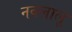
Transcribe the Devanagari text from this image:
नवलालू